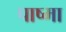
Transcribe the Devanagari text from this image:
पाष्मा